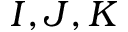
I , J , K